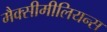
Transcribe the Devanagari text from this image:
मैक्सीमीलियन्स